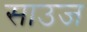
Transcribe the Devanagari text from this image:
साउज